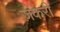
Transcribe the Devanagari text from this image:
ज़केरी